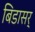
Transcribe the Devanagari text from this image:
बिडासर्